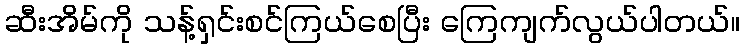
ဆီးအိမ်ကို သန့်ရှင်းစင်ကြယ်စေပြီး ကြေကျက်လွယ်ပါတယ်။